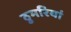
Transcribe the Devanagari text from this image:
ठुमरियां